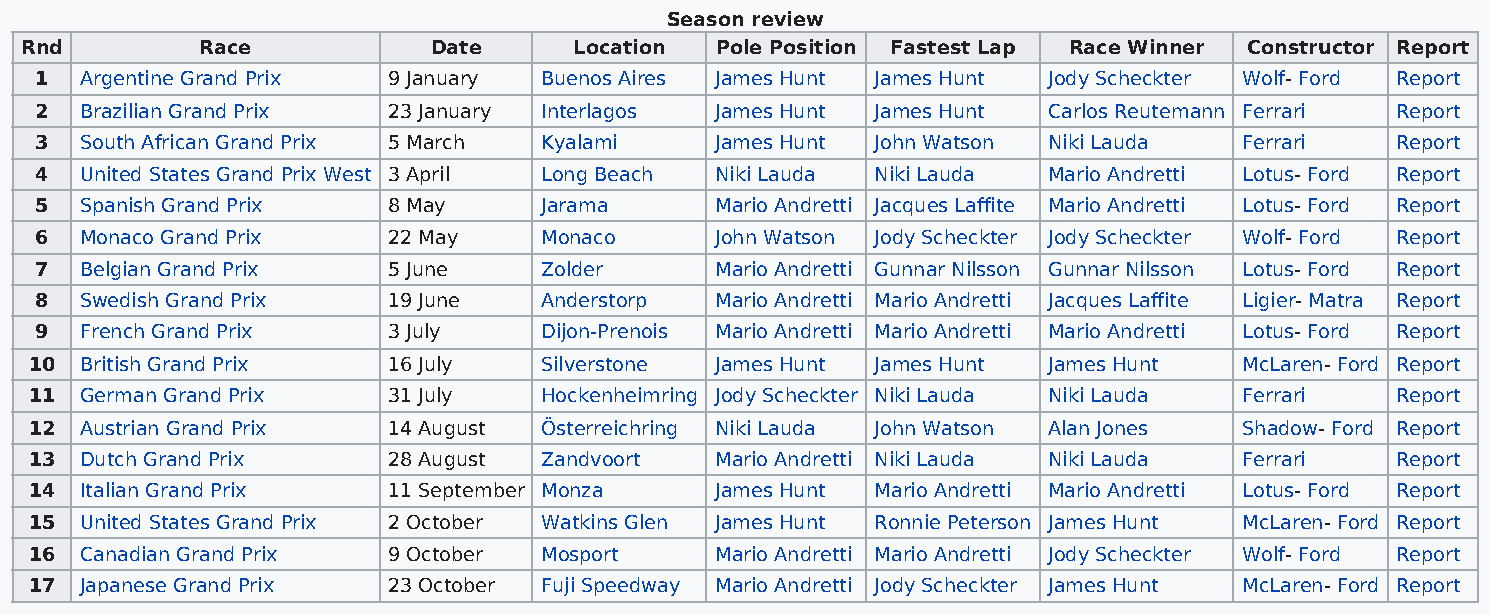
Season review
 Rnd         Race           Date      Location Pole Position Fastest Lap Race Winner Constructor Report
 1  Argentine Grand Prix 9 January Buenos Aires James Hunt James Hunt Jody Scheckter Wolf- Ford Report
 2  Brazilian Grand Prix 23 January Interlagos James Hunt James Hunt Carlos Reutemann Ferrari Report
 3  South African Grand Prix 5 March Kyalami  James Hunt John Watson Niki Lauda  Ferrari   Report
 4  United States Grand Prix West 3 April Long Beach Niki Lauda Niki Lauda Mario Andretti Lotus- Ford Report
 5  Spanish Grand Prix   8 May     Jarama     Mario Andretti Jacques Laffite Mario Andretti Lotus- Ford Report
 6  Monaco Grand Prix    22 May    Monaco     John Watson Jody Scheckter Jody Scheckter Wolf- Ford Report
 7  Belgian Grand Prix   5 June    Zolder     Mario Andretti Gunnar Nilsson Gunnar Nilsson Lotus- Ford Report
 8  Swedish Grand Prix   19 June   Anderstorp Mario Andretti Mario Andretti Jacques Laffite Ligier- Matra Report
 9  French Grand Prix    3 July    Dijon-Prenois Mario Andretti Mario Andretti Mario Andretti Lotus- Ford Report
 10 British Grand Prix   16 July   Silverstone James Hunt James Hunt James Hunt  McLaren- Ford Report
 11 German Grand Prix    31 July   Hockenheimring Jody Scheckter Niki Lauda Niki Lauda Ferrari Report
 12 Austrian Grand Prix  14 August Österreichring Niki Lauda John Watson Alan Jones Shadow- Ford Report
 13 Dutch Grand Prix     28 August Zandvoort  Mario Andretti Niki Lauda Niki Lauda Ferrari Report
 14 Italian Grand Prix   11 September Monza   James Hunt Mario Andretti Mario Andretti Lotus- Ford Report
 15 United States Grand Prix 2 October Watkins Glen James Hunt Ronnie Peterson James Hunt McLaren- Ford Report
 16 Canadian Grand Prix  9 October Mosport    Mario Andretti Mario Andretti Jody Scheckter Wolf- Ford Report
 17 Japanese Grand Prix  23 October Fuji Speedway Mario Andretti Jody Scheckter James Hunt McLaren- Ford Report